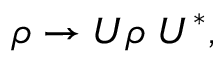
\rho \rightarrow U \rho \; U ^ { * } ,